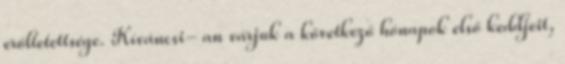
erőltetettsége. Kíváncsi- an várjuk a következő hónapok első keddjeit,